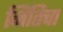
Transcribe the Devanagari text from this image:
नितिचा